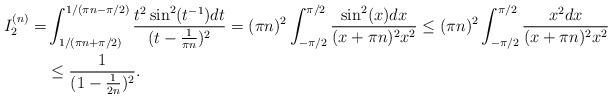
LaTeX: \begin{align*}I_2^{(n)}=&\int_{1/(\pi n+\pi/2)}^{1/(\pi n-\pi/2)}\frac{t^2\sin^2(t^{-1})dt}{(t-\frac{1}{\pi n})^2}=(\pi n)^2\int_{-\pi /2}^{\pi/2} \frac{\sin^2(x)dx}{(x+\pi n)^2x^2}\leq (\pi n)^2\int_{-\pi /2}^{\pi/2} \frac{x^2dx}{(x+\pi n)^2x^2}\\&\leq\frac{1}{(1-\frac{1}{2 n})^2}.\end{align*}